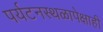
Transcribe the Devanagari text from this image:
पर्यटनस्थळापेक्षाही